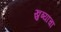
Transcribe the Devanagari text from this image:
खुब्यांचा